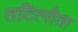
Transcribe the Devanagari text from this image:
तटित्पीता